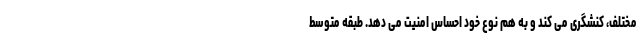
مختلف، کنشگری می کند و به هم نوع خود احساس امنیت می دهد. طبقه متوسط